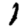
Digit: 1